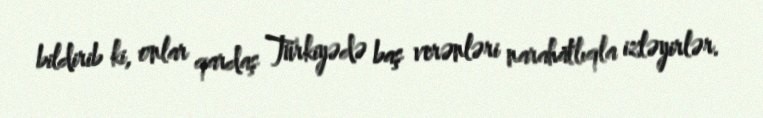
bildirib ki, onlar qardaş Türkiyədə baş verənləri narahatlıqla izləyirlər.